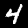
Digit: 4